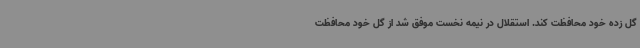
گل زده خود محافظت کند. استقلال در نیمه نخست موفق شد از گل خود محافظت